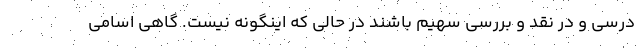
درسی و در نقد و بررسی سهیم باشند در حالی که اینگونه نیست. گاهی اسامی